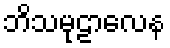
ဘိသမုဠာလေန